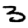
Digit: 3